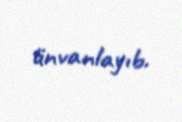
ünvanlayıb.